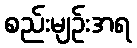
စည်းမျဉ်းအရ